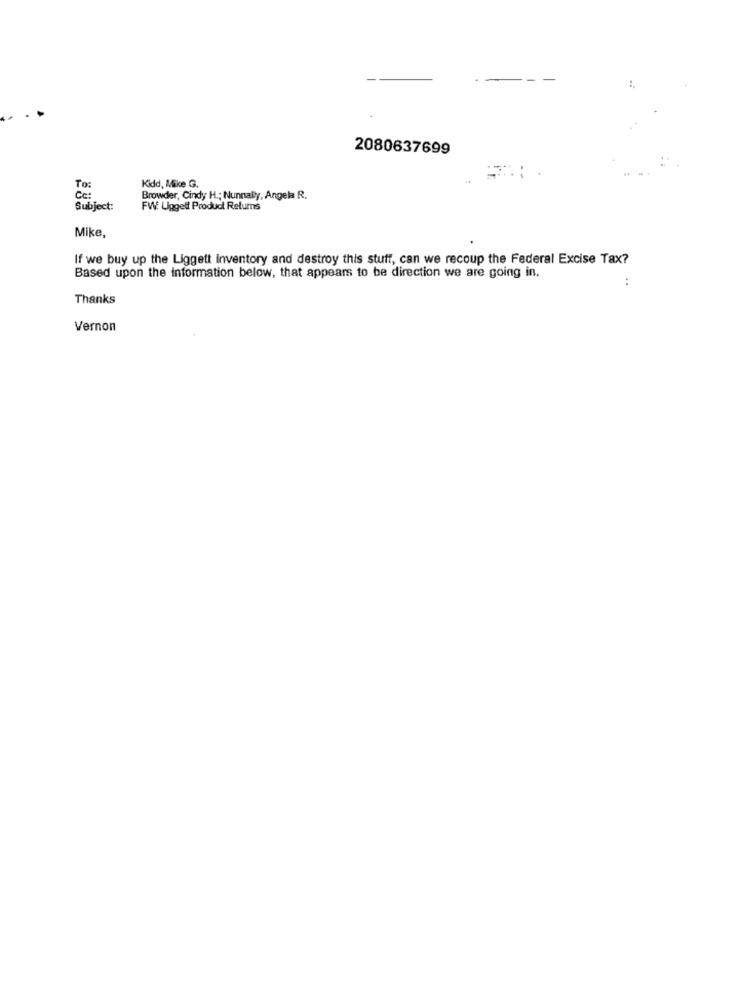
2080637699
To:
Kidd, Mike G.
Cc:
Browder, Cindy H .; Nunnally, Angela R.
Subject:
FW Liggett Product Retums
Mike,
If we buy up the Liggett inventory and destroy this stuff, can we recoup the Federal Excise Tax?
Based upon the information below, that appears to be direction we are going in.
:
Thanks
Vernon